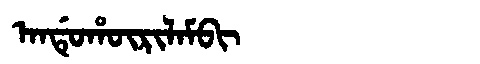
Manchu: ᠠᠨᡩᡠᡥᡡᡵᡳᠯᠠᠮᠪᡳ
Romanization: ANDUHŪRILAMBI